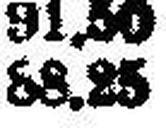
88.25